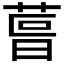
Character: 𮏪